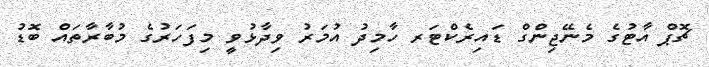
ޗޮޕް އާޓުގެ މެނޭޖިންގް ޑައިރެކްޓަރ ހާމިދު އުމަރު ވިދާޅުވީ މިފަހަރުގެ މުބާރާތައް ބޮޑު